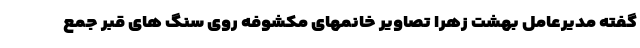
گفته مدیرعامل بهشت زهرا تصاویر خانمهای مکشوفه روی سنگ های قبر جمع